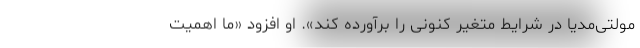
مولتی‌مدیا در شرایط متغیر کنونی را برآورده کند». او افزود «ما اهمیت